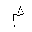
Letter: _mim